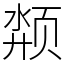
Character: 颒